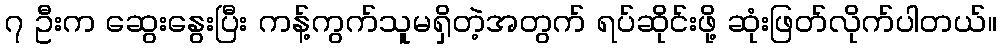
၇ ဦးက ဆွေးနွေးပြီး ကန့်ကွက်သူမရှိတဲ့အတွက် ရပ်ဆိုင်းဖို့ ဆုံးဖြတ်လိုက်ပါတယ်။